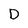
Character: D